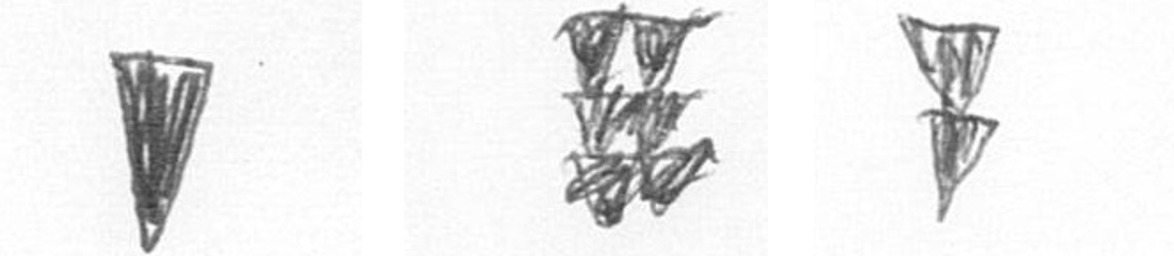
J Y Z